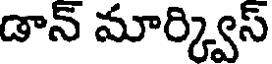
డాన్ మార్క్విస్